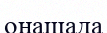
оңашада